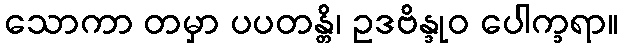
သောကာ တမှာ ပပတန္တိ၊ ဥဒဗိန္ဒုဝ ပေါက္ခရာ။